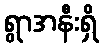
ရွာအနီးရှိ